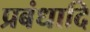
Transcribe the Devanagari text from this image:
प्रबंधादि